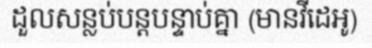
ដួលសន្លប់បន្តបន្ទាប់គ្នា (មានវីដេអូ)